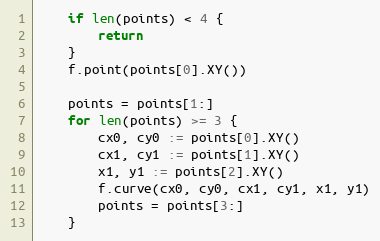
Language: Go
	if len(points) < 4 {
		return
	}
	f.point(points[0].XY())

	points = points[1:]
	for len(points) >= 3 {
		cx0, cy0 := points[0].XY()
		cx1, cy1 := points[1].XY()
		x1, y1 := points[2].XY()
		f.curve(cx0, cy0, cx1, cy1, x1, y1)
		points = points[3:]
	}